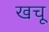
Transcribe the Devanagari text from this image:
खचू